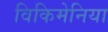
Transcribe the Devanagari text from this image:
विकिमेनिया